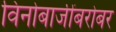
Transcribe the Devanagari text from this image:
विनोबाजींबरोबर